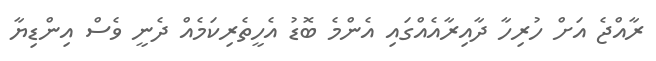
ރާއްޖެ އަށް ހުރިހާ ދާއިރާއެއްގައި އެންމެ ބޮޑު އެހީތެރިކަމެއް ދެނީ ވެސް އިންޑިޔާ